Insane asylums in Bengal annual reports 1867-1875 - 1867-1875
Year: 1867
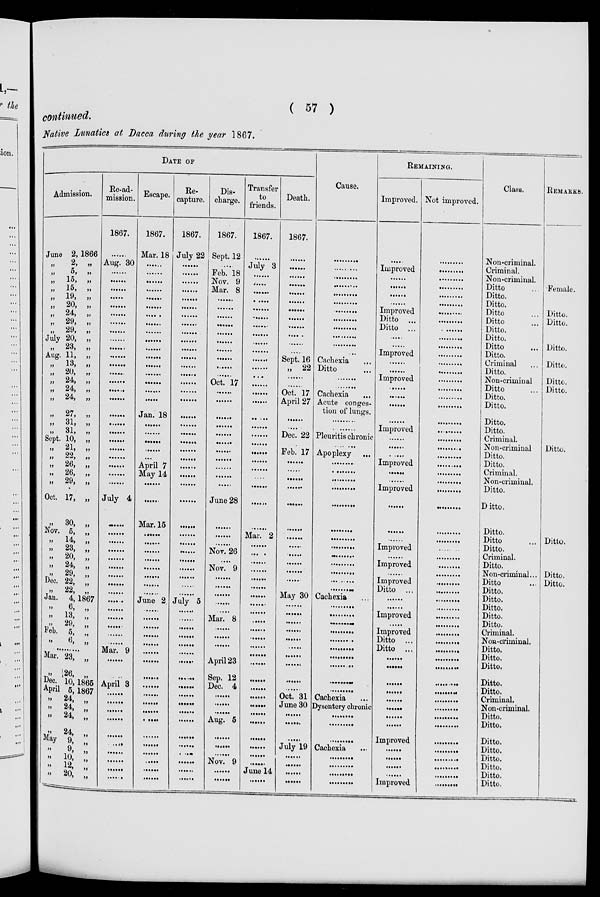
( 57 )
Native Lunatics at Dacca during the year 1867.
DATE OF
Admission.
June 2, 1866
„
2, „
„ 5, „
„ 15, „
„ 15, „
„
19,
„
„ 20, „
„ 24, „
„ 29, „
„ 29, „
July 20, „
„ 23, „
Aug. 11, „
„
13,
„
„ 20, „
„ 24, „
„ 24, „
„ 24, „
„ 27, „
„
31,
„
„ 31, „
Sept. 10, „
„ 21, „
„ 22,
„
„ 26, „
„ 26, „
„ 29, „
Oct. 17, „
„ 30, „
Nov. 5, „
„ 14, „
„ 23, „
„ 20, „
„ 24, „
„ 29, „
Dec. 22, „
„ 22, „
Jan. 4, 1867
„ 6,
„
„ 13, „
„
29,
„
Feb. 5, „
„
6,
„
.........
Mar. 23, „
„
26,
„
Dec. 10, 1865
April 5, 1867
„ 24, „
„ 24, „
„ 24, „
„
24,
„
May 9, „
„ 9, „
„ 10, „
„ 12, „
„ 20, „
Re-ad-
mission.
1867.
......
Aug. 30
......
......
......
......
......
......
......
......
......
......
......
......
......
......
......
......
......
......
......
......
......
......
......
......
......
July 4
......
......
......
......
......
......
......
......
......
......
......
......
......
......
......
Mar. 9
......
......
April 3
......
......
......
......
......
......
......
......
......
......
Escape.
1867.
Mar. 18
......
......
......
......
......
......
......
......
......
......
......
......
......
......
......
......
......
Jan. 18
......
......
......
......
......
April 7
May 14
......
......
Mar. 15
......
......
......
......
......
......
......
......
June 2
......
......
......
......
......
......
......
......
......
......
......
......
......
......
......
......
......
......
......
Re-
capture.
1867.
July 22
......
......
......
......
......
......
......
......
......
......
......
......
......
......
......
......
......
......
......
......
......
......
......
......
......
......
......
......
......
......
......
......
......
......
......
......
July 5
......
......
......
......
......
......
......
......
......
......
......
......
......
......
......
......
......
......
......
Dis-
charge.
1867.
Sept. 12
......
Feb. 18
Nov. 9
Mar. 8
......
......
......
......
......
......
......
......
......
......
Oct. 17
......
......
......
......
......
......
......
......
......
......
......
June 28
......
......
......
Nov. 26
......
Nov. 9
......
......
......
......
......
Mar. 8
......
......
......
......
April 23
Sep. 12
Dec. 4
......
......
......
Aug. 5
......
......
......
Nov. 9
......
......
Transfer
to
friends.
1867.
......
July 3
......
......
......
......
......
......
......
......
......
......
......
......
......
......
......
......
......
......
......
......
......
......
......
......
......
......
......
Mar. 2
......
......
......
......
......
......
......
......
......
......
......
......
......
......
......
......
......
......
......
......
......
......
......
......
......
June 14
......
Death.
1867.
......
......
......
......
......
......
......
......
......
......
......
......
Sept. 16
„ 22
......
......
Oct. 17
April 27
......
......
Dec. 22
......
Feb. 17
......
......
......
......
......
......
......
......
......
......
......
......
......
May 30
......
......
......
......
......
......
......
......
......
......
Oct. 31
June 30
......
......
......
July 19
......
......
......
......
Cause.
.........
.........
.........
.........
.........
.........
.........
.........
.........
.........
.........
.........
Cachexia ...
Ditto ...
.........
.........
Cachexia ...
Acute conges-
tion of lungs.
.........
.........
Pleuritis chronic
.........
Apoplexy ...
.........
.........
.........
.........
.........
.........
.........
.........
.........
.........
.........
.........
.........
Cachexia ...
.........
.........
.........
.........
.........
.........
.........
.........
.........
.........
Cachexiz ...
Dysentery chronic
.........
.........
.........
Cachexia
...
.........
.........
.........
.........
REMAINING.
Improved.
......
Improved
......
......
......
......
Improved
Ditto ...
Ditto ...
......
......
Improved
......
......
Improved
......
......
......
......
Improved
......
......
......
Improved
......
......
Improved
......
......
......
Improved
......
Improved
......
Improved
Ditto ...
......
......
Improved
......
Improved
Ditto ...
Ditto ...
......
......
......
......
......
......
......
......
Improved
......
......
......
......
Improved
Not improved.
.........
.........
.........
.........
.........
.........
.........
.........
.........
.........
.........
.........
.........
.........
.........
.........
.........
.........
.........
.........
.........
.........
.........
.........
.........
.........
.........
.........
.........
.........
.........
.........
.........
.........
.........
.........
.........
.........
.........
.........
.........
.........
.........
.........
.........
.........
.........
.........
.........
.........
.........
.........
.........
.........
.........
.........
.........
Class.
Non-criminal.
Criminal.
Non-criminal.
Ditto ...
Ditto.
Ditto.
Ditto ...
Ditto ...
Ditto.
Ditto.
Ditto ...
Ditto.
Criminal ...
Ditto.
Non-criminal
Ditto ...
Ditto.
Ditto.
Ditto.
Ditto.
Criminal.
Non-criminal
Ditto.
Ditto.
Criminal.
Non-criminal.
Ditto.
Ditto.
Ditto.
Ditto ...
Ditto.
Criminal.
Ditto.
Non-criminal...
Ditto ...
Ditto.
Ditto.
Ditto.
Ditto.
Ditto.
Criminal.
Non-criminal.
Ditto.
Ditto.
Ditto.
Ditto.
Ditto.
Criminal.
Non-criminal.
Ditto.
Ditto.
Ditto.
Ditto.
Ditto.
Ditto.
Ditto.
Ditto.
REMARKS.
Female.
Ditto.
Ditto.
Ditto.
Ditto.
Ditto.
Ditto.
Ditto.
Ditto.
Ditto.
Ditto.